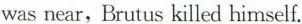
was near,Brutus killed himself.